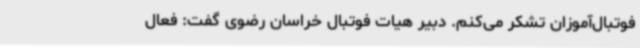
فوتبال‌آموزان تشکر می‌کنم. دبیر هیات فوتبال خراسان رضوی گفت: فعال